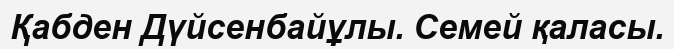
Қабден Дүйсенбайұлы. Семей қаласы.